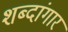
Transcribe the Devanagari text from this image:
शब्दांगार